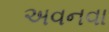
અવનવા